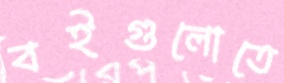
বইগুলোতে